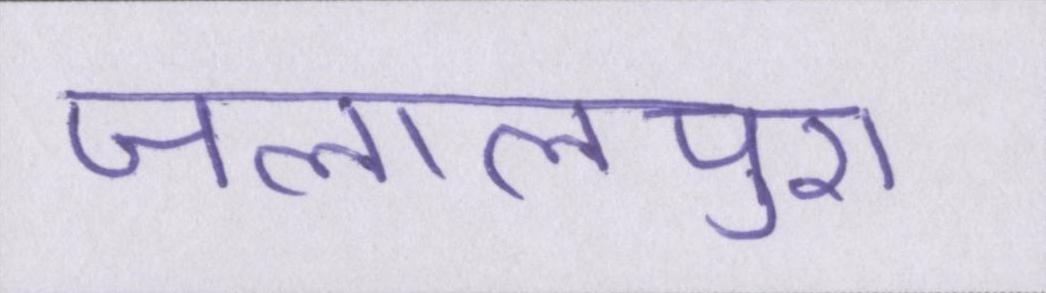
जलालपुरा